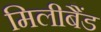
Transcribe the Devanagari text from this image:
मिलीबैंड